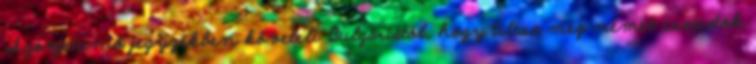
Szovjetunió jegyzékben követeli Bulgáriától, hogy tiltsa meg német csapatok